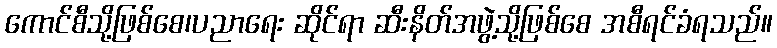
ကောင်စီသို့ဖြစ်စေ၊ပညာရေး ဆိုင်ရာ ဆီးနိတ်အဖွဲ့သို့ဖြစ်စေ အစီရင်ခံရသည်။